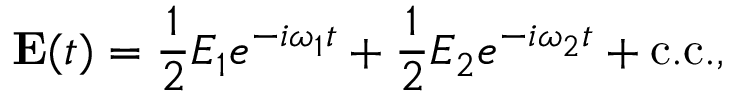
\mathbf { E } ( t ) = { \frac { 1 } { 2 } } E _ { 1 } e ^ { - i \omega _ { 1 } t } + { \frac { 1 } { 2 } } E _ { 2 } e ^ { - i \omega _ { 2 } t } + { \mathrm { c . c . } } ,